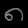
Digit: ၈